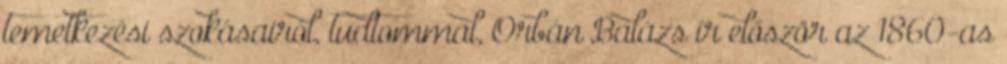
temetkezési szokásairól, tudtommal, Orbán Balázs ír először az 1860-as